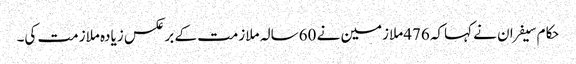
حکام سیفران نے کہاکہ 476ملازمین نے 60سالہ ملازمت کے برعکس زیادہ ملازمت کی۔